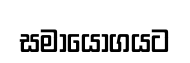
සමායෝගයට